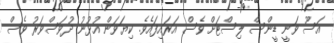
އަސޫ ވަނީ ޑީންސް ލިސްޓަށް ވެސް އަރައިފައެވެ. ކިޔަވަން އުޅުނު ދުވަސްވަރު ވެސް